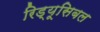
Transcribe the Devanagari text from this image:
रिड्यूसिबल